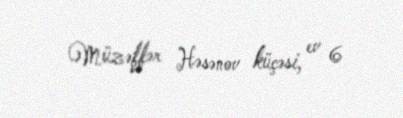
Müzəffər Həsənov küçəsi, ev 6